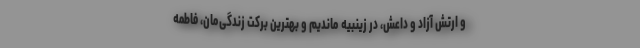
و ارتش آزاد و داعش، در زینبیه ماندیم و بهترین برکت زندگی‌مان، فاطمه